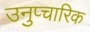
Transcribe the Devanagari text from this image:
उनुप्चारिक